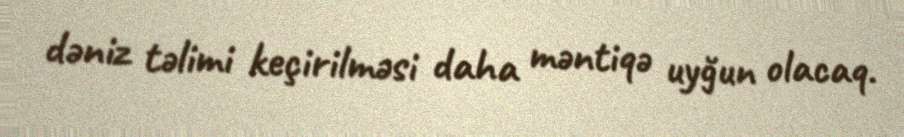
dəniz təlimi keçirilməsi daha məntiqə uyğun olacaq.